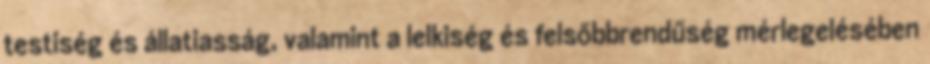
testiség és állatiasság, valamint a lelkiség és felsőbbrendűség mérlegelésében